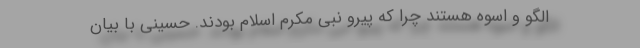
الگو و اسوه هستند چرا که پیرو نبی مکرم اسلام بودند. حسینی با بیان